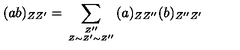
( a b ) _ { Z Z ^ { \prime } } = \sum _ { { Z ^ { \prime \prime } } \atop { Z \sim Z ^ { \prime } \sim Z ^ { \prime \prime } } } ( a ) _ { Z Z ^ { \prime \prime } } ( b ) _ { Z ^ { \prime \prime } Z ^ { \prime } }